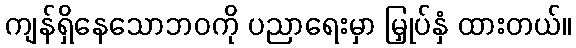
ကျန်ရှိနေသောဘဝကို ပညာရေးမှာ မြှုပ်နှံ ထားတယ်။